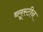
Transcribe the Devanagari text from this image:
ब्लूस्टीन